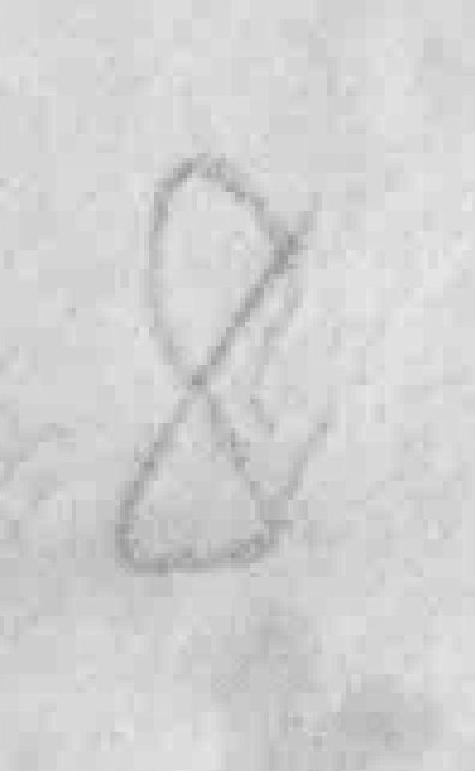
8